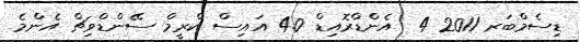
ޑިސެމްބަރ 2011 4  އެންޑްރޮއިޑް 4.0 އައިސް ކްރީމް ސޭންޑްވިޗް އެންމެ